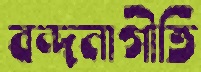
বন্দনাগীতি